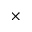
\times